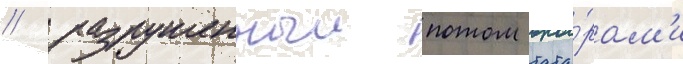
/ разрушенныи потом тата́рам'и